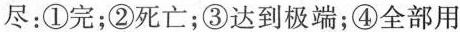
尽：①完；②死亡；③达到极端；④全部用